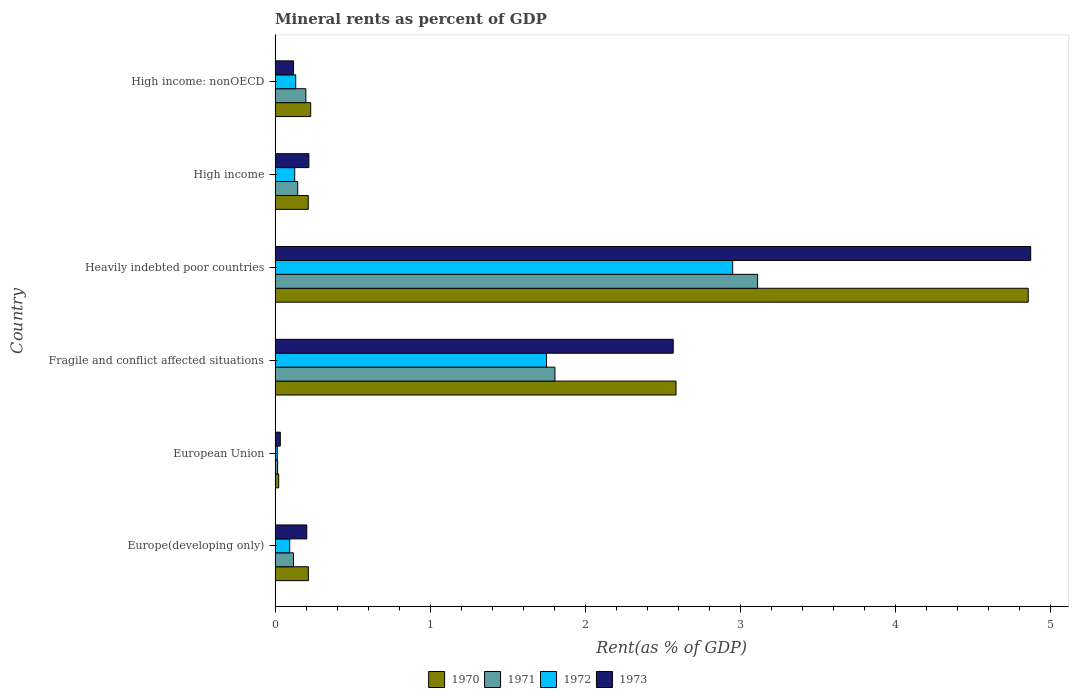
| Country | 1970 | 1971 | 1972 | 1973 |
 | --- | --- | --- | --- | --- |
 | Europe(developing only) | 0.215 | 0.119 | 0.0945 | 0.204 |
 | European Union | 0.0234 | 0.0162 | 0.0143 | 0.0337 |
 | Fragile and conflict affected situations | 2.59 | 1.81 | 1.75 | 2.57 |
 | Heavily indebted poor countries | 4.86 | 3.11 | 2.95 | 4.87 |
 | High income | 0.214 | 0.146 | 0.127 | 0.218 |
 | High income: nonOECD | 0.23 | 0.199 | 0.133 | 0.119 |